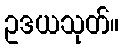
ဥဒယသုတ်။